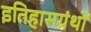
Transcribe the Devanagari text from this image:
इतिहासग्रंथों